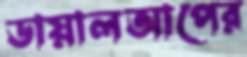
ডায়ালআপের